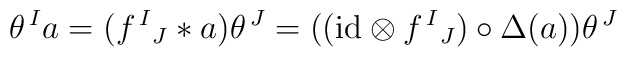
\theta^{\,I}a = (f^{\,I}{}_J \ast a) \theta^{\,J} = ((\mbox{id}\otimes f^{\,I}{}_J) \circ \Delta(a)) \theta^{\,J}